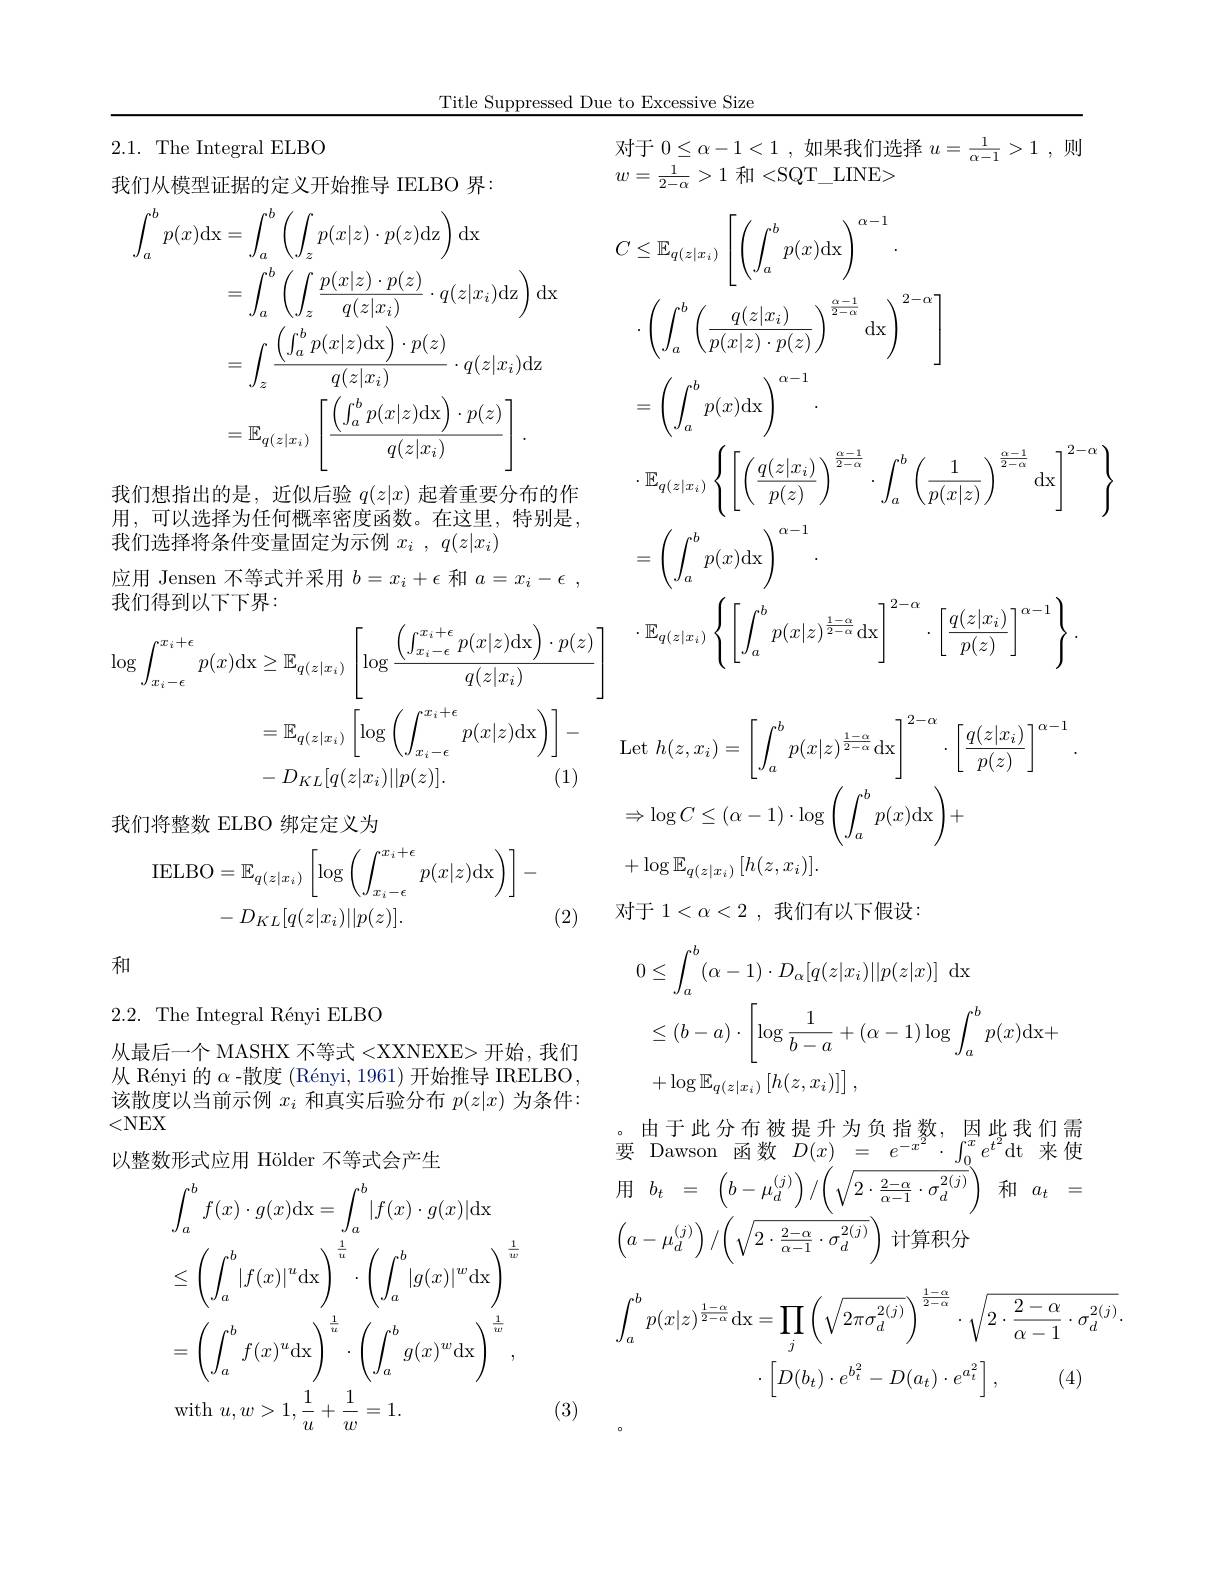
Title Suppressed Due to Excessive Size

### 2.1. The Integral ELBO

我们从模型证据的定义开始推导 IELBO 界：
$$\begin{aligned}\int_{a}^{b}p(x)\mathrm{dx}&=\int_{a}^{b}\left(\int_{z}p(x|z)\cdot p(z)\mathrm{dz}\right)\mathrm{dx}\\&=\int_{a}^{b}\left(\int_{z}\frac{p(x|z)\cdot p(z)}{q(z|x_{i})}\cdot q(z|x_{i})\mathrm{dz}\right)\mathrm{dx}\\&=\int_{z}\frac{\left(\int_{a}^{b}p(x|z)\mathrm{dx}\right)\cdot p(z)}{q(z|x_{i})}\cdot q(z|x_{i})\mathrm{dz}\\&=\mathbb{E}_{q(z|x_{i})}\left[\frac{\left(\int_{a}^{b}p(x|z)\mathrm{dx}\right)\cdot p(z)}{q(z|x_{i})}\right].\end{aligned}$$
我们想指出的是，近似后验$q(z|x)$起着重要分布的作用，可以选择为任何概率密度函数。在这里，特别是. 我们选择将条件变量固定为示例$x_i$ , $q( z| x_i)$
应用 Jensen 不等式并采用$b=x_i+\epsilon$和$a=x_i-\epsilon$,
我们得到以下下界：
$$\begin{aligned}&\log\int_{x_{i}-\epsilon}^{x_{i}+\epsilon}p(x)\mathrm{dx}\geq\mathbb{E}_{q(z|x_{i})}\left[\log\frac{\left(\int_{x_{i}-\epsilon}^{x_{i}+\epsilon}p(x|z)\mathrm{dx}\right)\cdot p(z)}{q(z|x_{i})}\right]\\&=\mathbb{E}_{q(z|x_{i})}\left[\log\left(\int_{x_{i}-\epsilon}^{x_{i}+\epsilon}p(x|z)\mathrm{dx}\right)\right]-\\&-D_{KL}[q(z|x_{i})||p(z)].&\text{(1)}\end{aligned}$$
我们将整数 ELBO 绑定定义为
$$\begin{aligned}\mathrm{IELBO}&=\mathbb{E}_{q(z|x_{i})}\left[\log\left(\int_{x_{i}-\epsilon}^{x_{i}+\epsilon}p(x|z)\mathrm{dx}\right)\right]-\\&-D_{KL}[q(z|x_{i})||p(z)].\end{aligned}$$
和

2.2.The Integral Rényi ELBO

从最后一个 MASHX 不等式 <XXNEXE> 开始 ,我们从 Rényi 的$\alpha$ -散度 (Rényi, 1961) 开始推导 IRELBO. 该 散 度 以 当 前 示 例 $x_{i}$ 和 真 实 后 验 分 布 $p( z| x)$ 为 条 件 : <NEX 以整数形式应用 Hölder 不等式会产生
$$\begin{aligned}&\text{双形式上小 noreen 个小公》工}\\&\int_{a}^{b}f(x)\cdot g(x)\mathrm{dx}=\int_{a}^{b}|f(x)\cdot g(x)|\mathrm{dx}\\&\leq\left(\int_{a}^{b}|f(x)|^{u}\mathrm{dx}\right)^{\frac{1}{u}}\cdot\left(\int_{a}^{b}|g(x)|^{w}\mathrm{dx}\right)^{\frac{1}{w}}\\&=\left(\int_{a}^{b}f(x)^{u}\mathrm{dx}\right)^{\frac{1}{u}}\cdot\left(\int_{a}^{b}g(x)^{w}\mathrm{dx}\right)^{\frac{1}{w}},\\&\mathrm{with}\:u,w>1,\frac{1}{u}+\frac{1}{w}=1.\end{aligned}$$
(3)

对于$\begin{array}{c}0\leq\alpha-1<1\:,&\text{如果我们选择 }u=\frac{1}{\alpha-1}>1\:,&\text{则}\\\end{array}$
$w=\frac{1}{2-\alpha}>1$ 和<S$QT\_ LINE>$

$C\leq\mathbb{E}_{q(z|x_i)}\left\lceil\left(\int_a^bp(x)\mathrm{dx}\right)^{\alpha-1}\right\rceil$
$\cdot\left(\int_{a}^{b}\left(\frac{q(z|x_{i})}{p(x|z)\cdot p(z)}\right)^{\frac{\alpha-1}{2-\alpha}}\mathrm{dx}\right)^{2-\alpha}$
$=\left(\int_a^bp(x)\mathrm{dx}\right)^{\alpha-1}.$
$\cdot\mathbb{E}_{q(z|x_{i})}\left\{\left[\left(\frac{q(z|x_{i})}{p(z)}\right)^{\frac{\alpha-1}{2-\alpha}}\cdot\int_{a}^{b}\left(\frac{1}{p(x|z)}\right)^{\frac{\alpha-1}{2-\alpha}}\mathrm{dx}\right]^{2-\alpha}\right\}$
$=\left(\int_{a}^{b}p(x)\mathrm{dx}\right)^{\alpha-1}.$
$\cdot\mathbb{E}_{q(z|x_{i})}\left\{\left[\int_{a}^{b}p(x|z)^{\frac{1-\alpha}{2-\alpha}}\mathrm{dx}\right]^{2-\alpha}\cdot\left[\frac{q(z|x_{i})}{p(z)}\right]^{\alpha-1}\right\}$ $\operatorname { Let}$ $h( z, x_{i}) = \left [ \int _{a}^{b}p( x| z) ^{\frac {1- \alpha }{2- \alpha }}\operatorname { dx} \right ] ^{2- \alpha }\cdot \left [ \frac {q( z| x_{i}) }{p( z) }\right ] ^{\alpha - 1}$
$$\Rightarrow\log C\leq(\alpha-1)\cdot\log\left(\int_a^bp(x)\mathrm{dx}\right)+$$
$+\log\mathbb{E}_{q(z|x_i)}\left[h(z,x_i)\right].$ (2)对 于 $1< \alpha < 2$ ,我 们 有 以 下 假 设
$$\begin{aligned}0&\leq\int_{a}^{b}(\alpha-1)\cdot D_{\alpha}[q(z|x_{i})||p(z|x)]\:\mathrm{dx}\\&\leq(b-a)\cdot\left[\log\frac{1}{b-a}+(\alpha-1)\log\int_{a}^{b}p(x)\mathrm{dx}+\right]\\&+\log\mathbb{E}_{q(z|x_{i})}\left[h(z,x_{i})\right]],\end{aligned}$$
。由于此分布被提升为负指数，因此我们需要 Dawson 函数 $D(x)=\underline{e^{-x^2}\cdot\int_{0}^{x}e^{t^2}\mathrm{dt}}$来使$\begin{array}{rcl}\text{用}&b_{t}&=&\left(b-\mu_{d}^{(j)}\right)/\left(\sqrt{2\cdot\frac{2-\alpha}{\alpha-1}\cdot\sigma_{d}^{2(j)}}\right)&\text{和}&a_{t}&=\end{array}$ $\left(a-\mu_d^{(j)}\right)/\left(\sqrt{2\cdot\frac{2-\alpha}{\alpha-1}\cdot\sigma_d^{2(j)}}\right)$计算积分
$$\begin{aligned}\int_{a}^{b}p(x|z)^{\frac{1-\alpha}{2-\alpha}}\mathrm{dx}&=\prod_{j}\left(\sqrt{2\pi\sigma_{d}^{2(j)}}\right)^{\frac{1-\alpha}{2-\alpha}}\cdot\sqrt{2\cdot\frac{2-\alpha}{\alpha-1}\cdot\sigma_{d}^{2(j)}}\cdot\\&\cdot\left[D(b_{t})\cdot e^{b_{t}^{2}}-D(a_{t})\cdot e^{a_{t}^{2}}\right],\quad(4)\end{aligned}$$